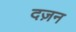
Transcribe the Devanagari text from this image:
दज़न